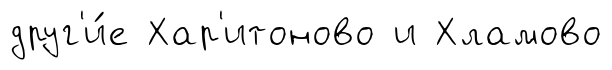
друг'и́е Хар'итоново и Хламово